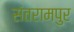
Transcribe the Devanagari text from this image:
संतरामपुर